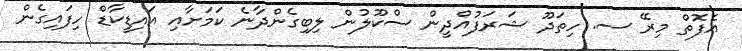
އެފޮތް މިރޭ ސ. ހިތަދޫ ޝަރަފުއްދީން ސްކޫލުން ލިބިގެންދާނެ ކަމަށާއި އައިޑީކާޑް ހިފައިގެން